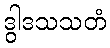
ဒွါဒသသတံ